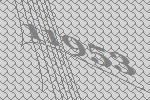
11953